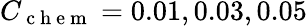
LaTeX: C_{\mathrm{~c~h~e~m~}}=0.01,0.03,0.05